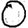
Digit: 0